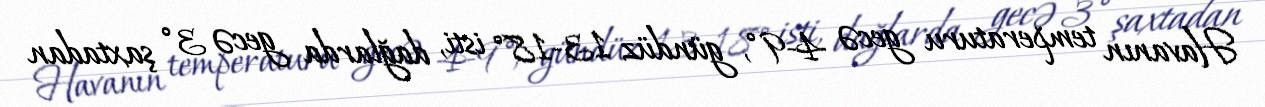
Havanın temperaturu gecə 4-9°, gündüz 13-18° isti, dağlarda gecə 3° şaxtadan